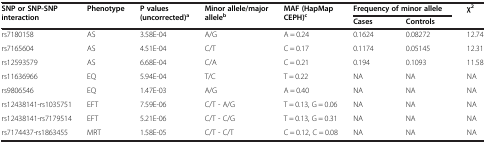
| <ROWSPAN=2> SNP or SNP-SNP interaction | <ROWSPAN=2> Phenotype | <ROWSPAN=2> P values (uncorrected)a | <ROWSPAN=2> Minor allele/major alleleb | <ROWSPAN=2> MAF (HapMap CEPH)c | <COLSPAN=2> Frequency of minor allele | χ2 |
 | Cases | Controls |  |
 | --- | --- | --- | --- | --- | --- | --- | --- |
 | rs7180158 | AS | 3.58E-04 | A/G | A = 0.24 | 0.1624 | 0.08272 | 12.74 |
 | rs7165604 | AS | 4.51E-04 | C/T | C = 0.17 | 0.1174 | 0.05145 | 12.31 |
 | rs12593579 | AS | 6.68E-04 | C/A | C = 0.21 | 0.194 | 0.1093 | 11.58 |
 | rs11636966 | EQ | 5.94E-04 | T/C | T = 0.22 | NA | NA | NA |
 | rs9806546 | EQ | 1.47E-03 | A/G | A = 0.40 | NA | NA | NA |
 | rs12438141-rs1035751 | EFT | 7.59E-06 | C/T - A/G | T = 0.13, G = 0.06 | NA | NA | NA |
 | rs12438141-rs7179514 | EFT | 5.21E-06 | C/T - C/G | T = 0.13, G = 0.31 | NA | NA | NA |
 | rs7174437-rs1863455 | MRT | 1.58E-05 | C/T - C/T | C = 0.12, C = 0.08 | NA | NA | NA |